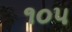
૧૦૫